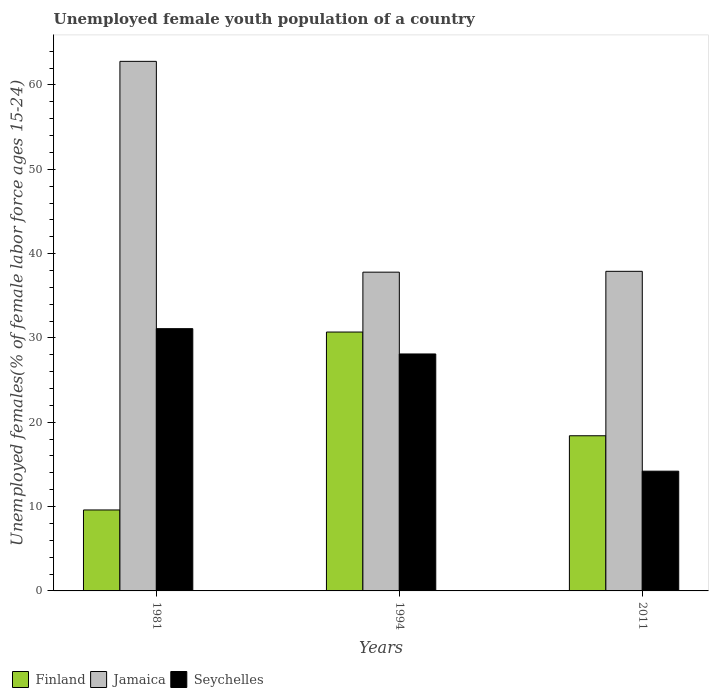
| Years | Finland | Jamaica | Seychelles |
 | --- | --- | --- | --- |
 | 1981 | 9.6 | 62.8 | 31.1 |
 | 1994 | 30.7 | 37.8 | 28.1 |
 | 2011 | 18.4 | 37.9 | 14.2 |